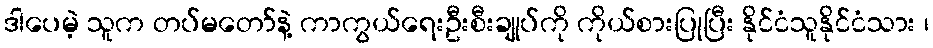
ဒါပေမဲ့ သူက တပ်မတော်နဲ့ ကာကွယ်ရေးဦးစီးချုပ်ကို ကိုယ်စားပြုပြီး နိုင်ငံသူနိုင်ငံသား ၊